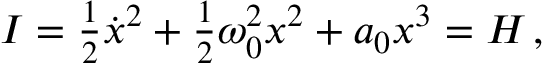
I = { \textstyle \frac { 1 } { 2 } } \dot { x } ^ { 2 } + { \textstyle \frac { 1 } { 2 } } \omega _ { 0 } ^ { 2 } x ^ { 2 } + a _ { 0 } x ^ { 3 } = H \, ,